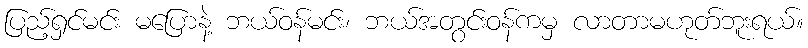
ပြည့်ရှင်မင်း မပြောနဲ့ ဘယ်ဝန်မင်း၊ ဘယ်အတွင်းဝန်ကမှ လာတာမဟုတ်ဘူးရယ်။